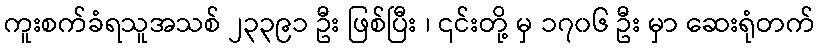
ကူးစက်ခံရသူအသစ် ၂၃၃၉၁ ဦး ဖြစ်ပြီး ၊ ၎င်းတို့ မှ ၁၇၀၆ ဦး မှာ ဆေးရုံတက်